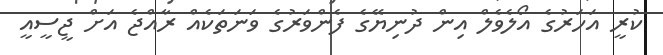
ކުރީ އަހަރުގެ އޯލެވެލް އިން ދުނިޔޭގެ ފެންވަރުގެ ވަނަތަކެއް ރާއްޖެ އަށް ޖީސީއީ